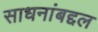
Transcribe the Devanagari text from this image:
साधनांबद्दल